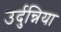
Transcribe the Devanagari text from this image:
उर्दुन्निया